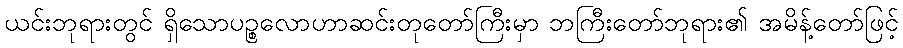
ယင်းဘုရားတွင် ရှိသောပဉ္စလောဟာဆင်းတုတော်ကြီးမှာ ဘကြီးတော်ဘုရား၏ အမိန့်တော်ဖြင့်